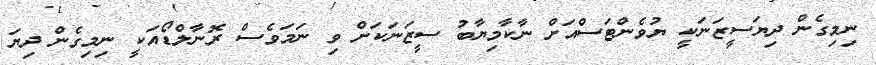
ނިމިގެން ދިޔަސީޒަނަކީ ޔުވެންޓަސްއަށް ނާކާމިޔާބު ސީޒަނަކަށް ވި ނަމަވެސް ރޮނާލްޑޯއަކީ ނިމިގެން ދިޔަ